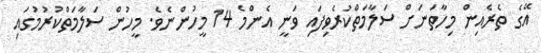
އޭގެ ތެރެއިން މިހާތަނަށް ސަލާމަތްކުރެވިފައި ވަނީ އެންމެ 14 މީހުންނެވެ. މީހުން ސަލާމަތްކުރުމުގައި